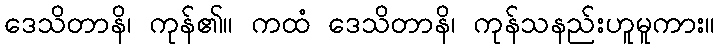
ဒေသိတာနိ၊ ကုန်၏။ ကထံ ဒေသိတာနိ၊ ကုန်သနည်းဟူမူကား။